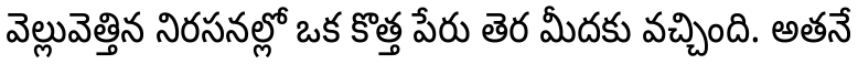
వెల్లువెత్తిన నిరసనల్లో ఒక కొత్త పేరు తెర మీదకు వచ్చింది. అతనే